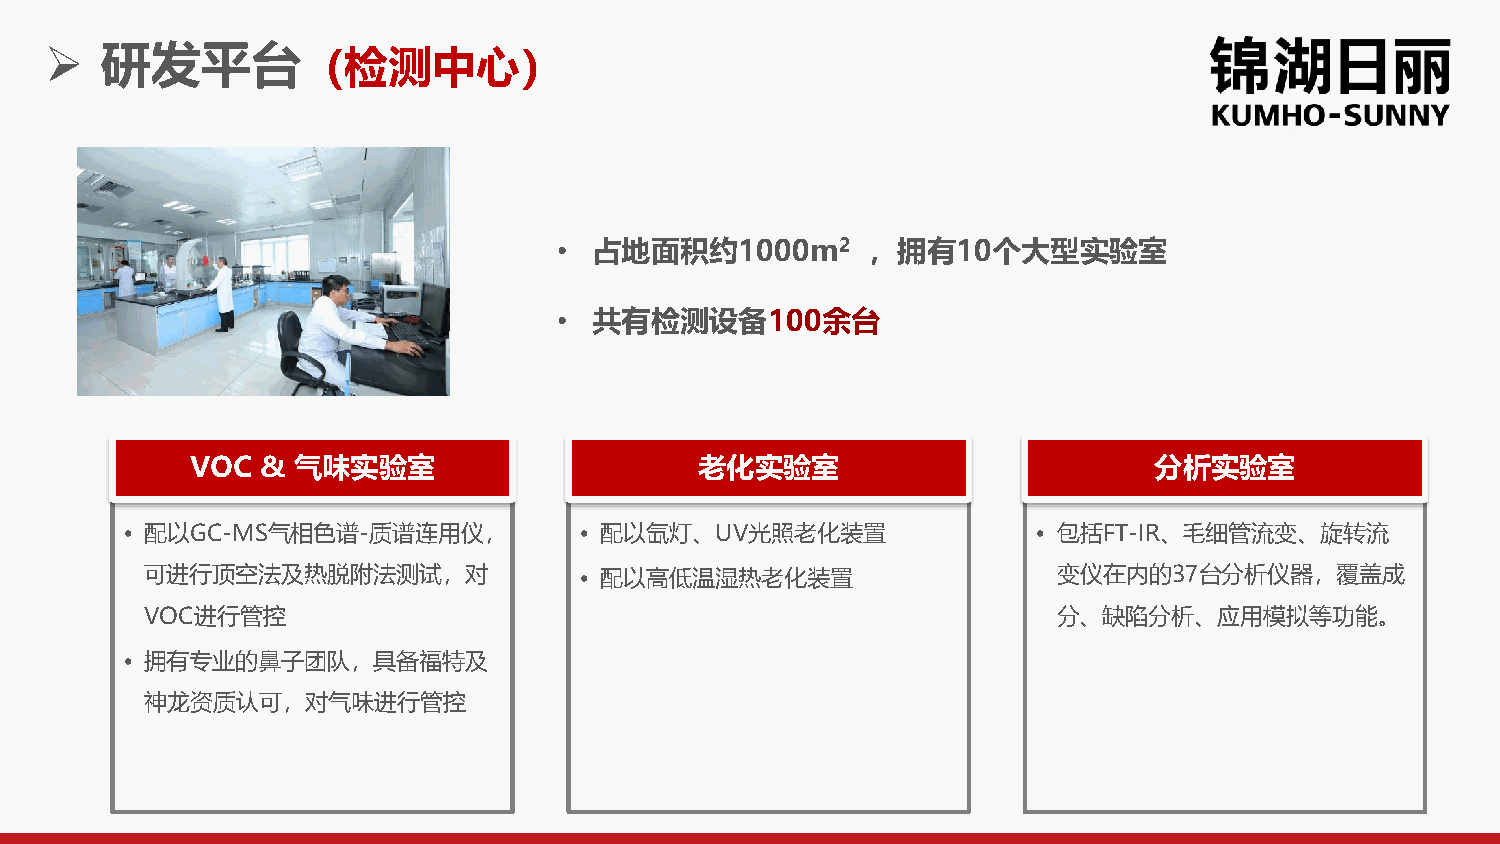
➢   研发平台（检测中心）
 • 占地面积约1000m2       ，拥有10个大型实验室
 • 共有检测设备100余台
 VOC & 气味实验室                      老化实验室                         分析实验室
 • 配以GC-MS气相色谱-质谱连用仪，          • 配以氙灯、UV光照老化装置                • 包括FT-IR、毛细管流变、旋转流
 可进行顶空法及热脱附法测试，对             • 配以高低温湿热老化装置                   变仪在内的37台分析仪器，覆盖成
 VOC进行管控                                                     分、缺陷分析、应用模拟等功能。
 • 拥有专业的鼻子团队，具备福特及
 神龙资质认可，对气味进行管控